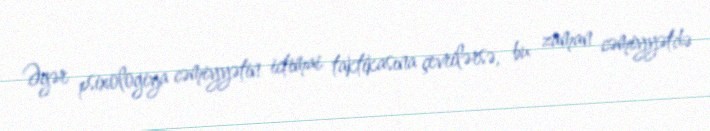
Əgər psixologiya cəmiyyətin ictimai taktikasına çevrilərsə, bu zaman cəmiyyətdə